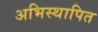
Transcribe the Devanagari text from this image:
अभिस्थापित